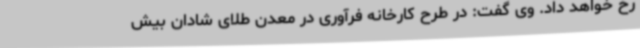
رخ خواهد داد. وی گفت: در طرح کارخانه فرآوری در معدن طلای شادان بیش